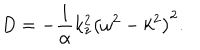
D = - { \frac { 1 } { \alpha } } k _ { z } ^ { 2 } \left( \omega ^ { 2 } - k ^ { 2 } \right) ^ { 2 } .